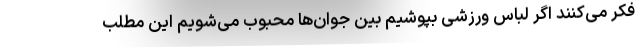
فکر می‌کنند اگر لباس ورزشی بپوشیم بین جوان‌ها محبوب می‌شویم این مطلب